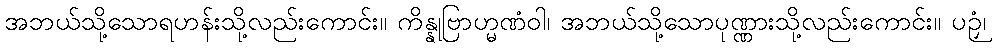
အဘယ်သို့သောရဟန်းသို့လည်းကောင်း။ ကိန္နုဗြာဟ္မဏံဝါ၊ အဘယ်သို့သောပုဏ္ဏားသို့လည်းကောင်း။ ပဉှံ၊